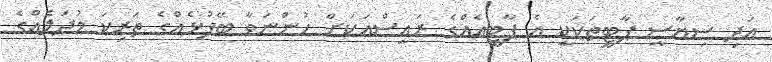
އަދި ސިޔާސީ ޕާޓީތަކަކީ އެ ޕާޓީއެއްގެ ރައީސްއަކަށް ހުންނަވާ ބޭފުޅެއްގެ ތަރިކަ މުދަލެއްގެ